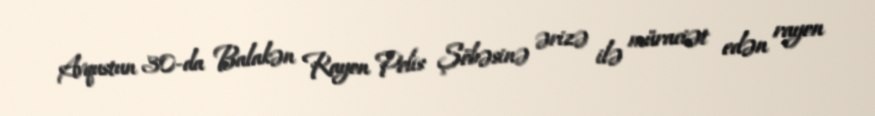
Avqustun 30-da Balakən Rayon Polis Şöbəsinə ərizə ilə müraciət edən rayon